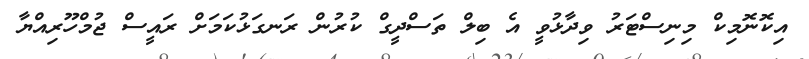
އިކޮނޮމިކް މިނިސްޓަރު ވިދާޅުވީ އެ ބިލް ތަސްދީގް ކުރުން ރަނގަޅުކަމަށް ރައީސް ޖުމްހޫރިއްޔާ